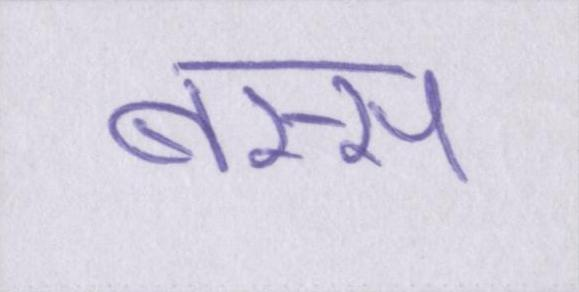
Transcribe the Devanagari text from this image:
बस्स